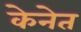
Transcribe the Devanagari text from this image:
केनेत